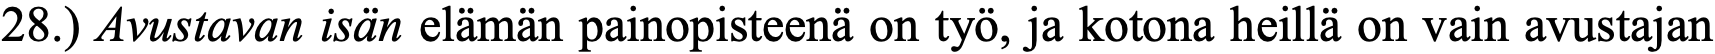
28.) Avustavan isän elämän painopisteenä on työ, ja kotona heillä on vain avustajan